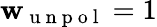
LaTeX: \mathbf{w}_{\mathrm{{~u~n~p~o~l~}}}=1